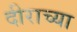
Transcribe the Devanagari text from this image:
दीराच्या